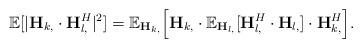
LaTeX: \begin{align*}\mathbb{E}[|\mathbf{H}_{k,} \cdot \mathbf{H}_{l,}^H|^2] = \mathbb{E}_{\mathbf{H}_{k,}} \Bigl[\mathbf{H}_{k,} \cdot \mathbb{E}_{\mathbf{H}_{l,}}[\mathbf{H}^H_{l,} \cdot \mathbf{H}_{l,}] \cdot \mathbf{H}^H_{k,}\Bigr].\end{align*}